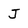
Character: J